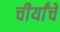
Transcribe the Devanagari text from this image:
चीर्यांचे